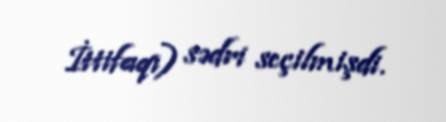
İttifaqı) sədri seçilmişdi.